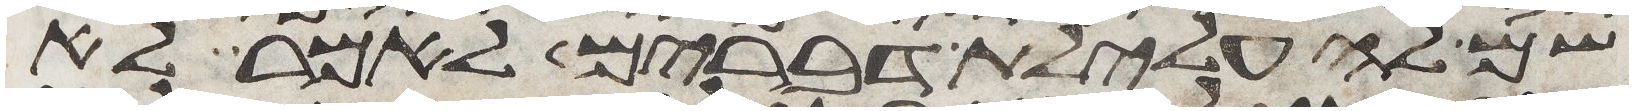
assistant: שם לה עלילת דברים לאמר לא